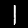
Digit: 1